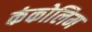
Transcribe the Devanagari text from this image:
कंकोलिम